Report on the working of the mental hospitals for Indians in Bihar and Orissa - 1925-1929
Year: 1925
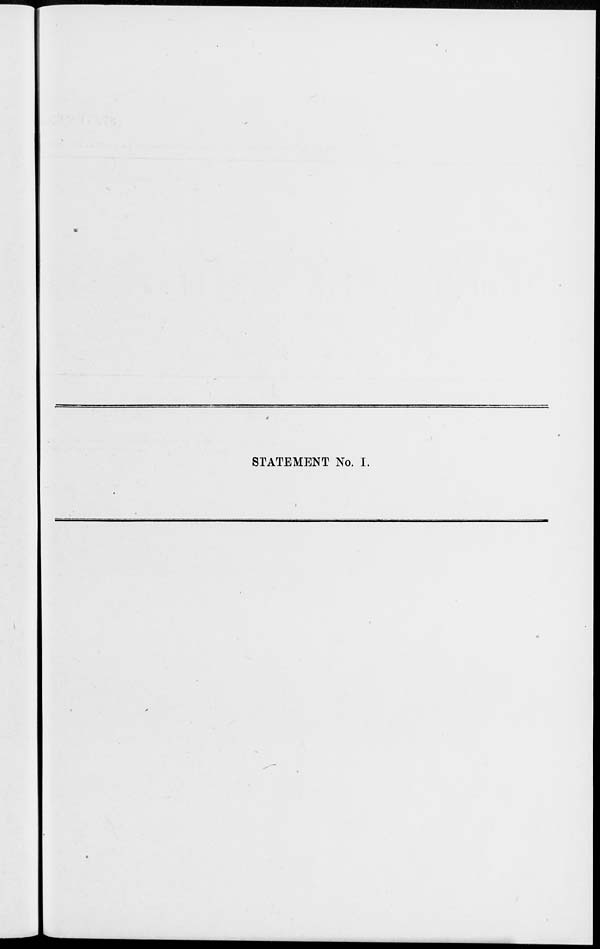
STATEMENT No. I.